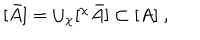
[ \bar { A } ] = \cup _ { \chi } [ ^ { \chi } \bar { A } ] \subset [ A ] \ ,